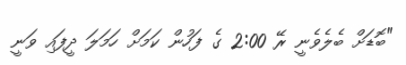
"ބޮޑަށް ބެލެވެނީ ރޭ 2:00 ގެ ފަހުން ކަމަށް ހަމަލަ ދީފައި ވަނީ